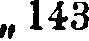
„ 143